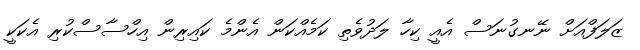
ޒަލަފްއަށް ނޭނގުނަސް އެއީ ކިހާ ލަދުވެތި ކަމެއްކަން އެންމެ ކައިރިން އިހްސާސްކުރި އެކަކީ